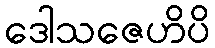
ဒေါသဇေဟိပိ